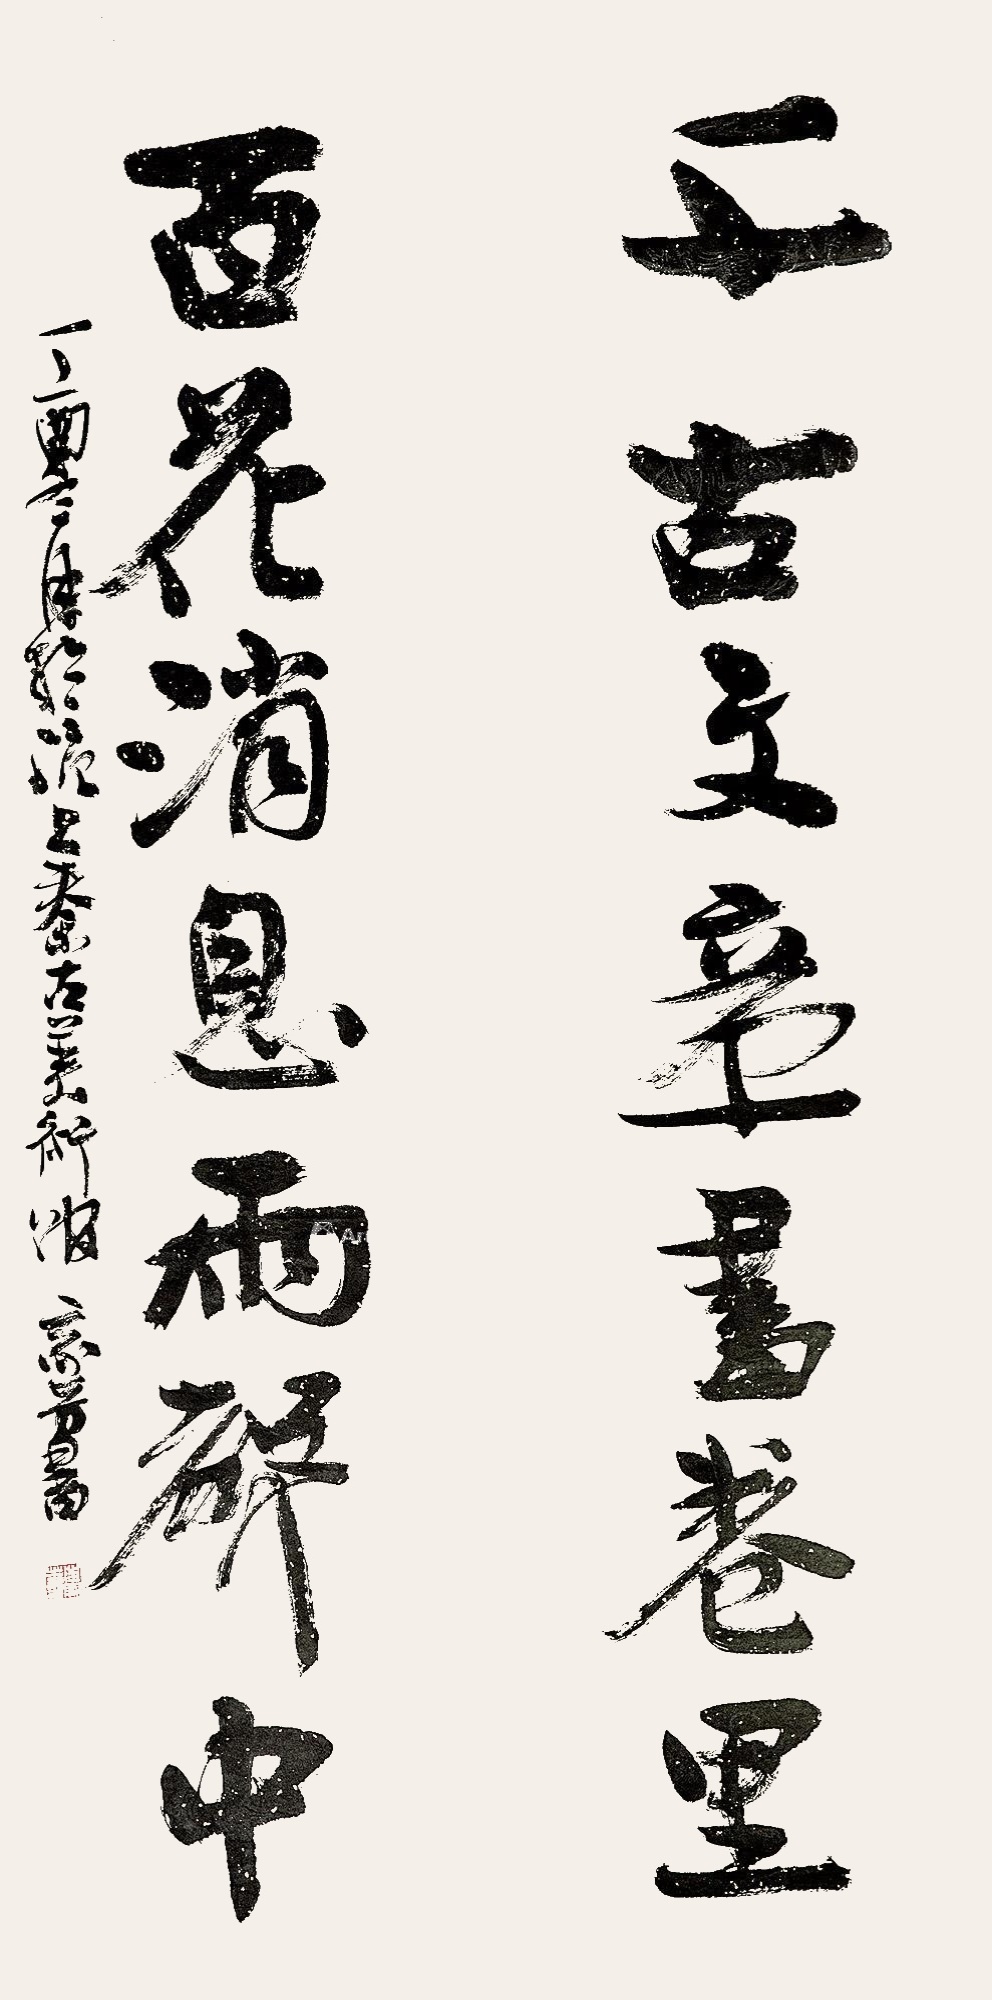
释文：千古文章书卷里，百花消息雨声中。丁酉冬月于沪上秦古美术馆，家芳书。